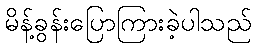
မိန့်ခွန်းပြောကြားခဲ့ပါသည်